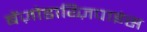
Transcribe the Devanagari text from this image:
बेंज़ोडाय्ज़िपाइंस